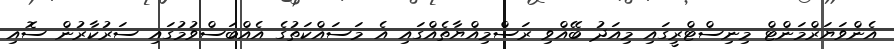
އެންވަޔަރްމަންޓް މިނިސްޓްރީގައި މިއަދު ބޭއްވި ރަސްމިއްޔާތެއްގައި އެ މަސައްކަތުގެ އެއްބަސްވުމުގައި ސަރުކާރުން ސޮއި